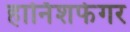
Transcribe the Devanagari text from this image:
हार्निशफेगर